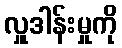
လှူဒါန်းမှုကို